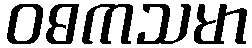
ဝဓကသမာ